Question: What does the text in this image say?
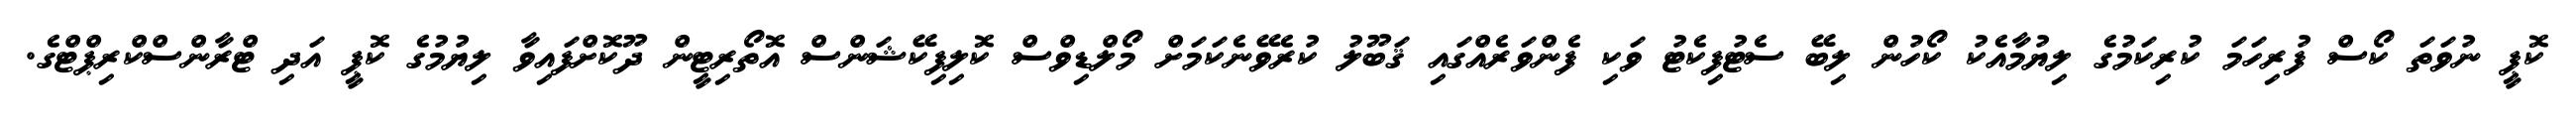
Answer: ކޮޕީ ނުވަތަ ކޯސް ފުރިހަމަ ކުރިކަމުގެ ލިޔުމާއެކު ކޯހުން ލިބޭ ސެޓުފިކެޓު ވަކި ފެންވަރެއްގައި ޤަބޫލު ކުރެވޭނެކަމަށް މޯލްޑިވްސް ކޮލިފިކޭޝަންސް އޮތޯރިޓީން ދޫކޮށްފައިވާ ލިޔުމުގެ ކޮޕީ އަދި ޓްރާންސްކްރިޕްޓްގެ.